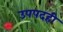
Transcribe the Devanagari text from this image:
उपपदही